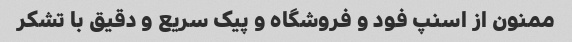
ممنون از اسنپ فود و فروشگاه و پیک سریع و دقیق با تشکر